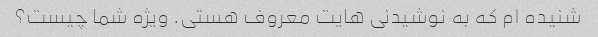
شنیده ام که به نوشیدنی هایت معروف هستی. ویژه شما چیست؟